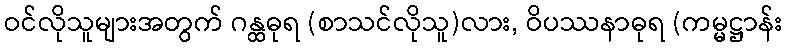
ဝင်လိုသူများအတွက် ဂန္ထဓုရ (စာသင်လိုသူ)လား, ဝိပဿနာဓုရ (ကမ္မဋ္ဌာန်း